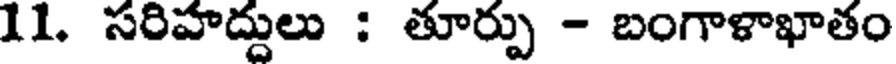
11. సరిహద్దులు : తూర్పు - బంగాళాఖాతం